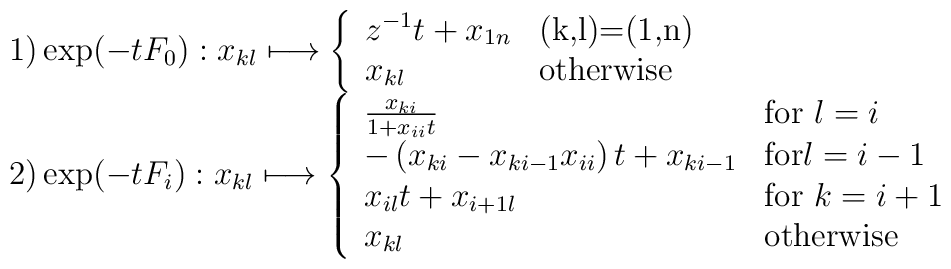
\begin{array}{l}   1) \exp (-tF_{0}):x_{k l} \longmapsto    \left\{ \begin{array}{ll}             z^{-1}t+x_{1 n} & \mbox{(k,l)=(1,n)} \\             x_{k l}         & \mbox{otherwise}   \\            \end{array} \right.\\   2) \exp (-tF_{i}):x_{k l} \longmapsto    \left\{ \begin{array}{ll}             \frac{x_{k i}}{1+x_{i i}t} & \mbox{for $l=i$} \\             -\left( x_{k i}-x_{k i-1}x_{i i} \right) t +x_{k i-1} & \mbox{for$l=i-1$} \\             x_{i l}t+x_{i+1 l} & \mbox{for $k=i+1$} \\             x_{k l} & \mbox{otherwise} \end{array} \right. \\  \end{array}